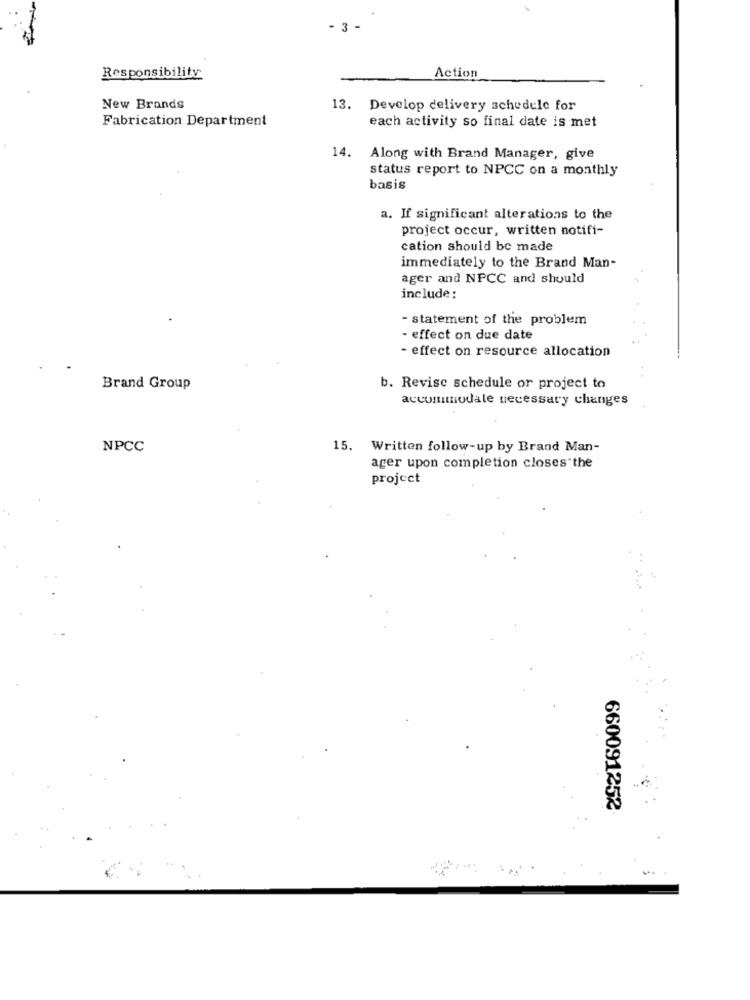
- 3
Action
Responsibility
New Brands
13. Develop delivery schedule for
Fabrication Department
each activity so final date is met
14. Along with Brand Manager, give
status report to NPCC on a monthly
basis
a. If significant alterations to the
project occur, written notifi-
cation should be made
immediately to the Brand Man-
ager and NPCC and should
include:
- statement of the problem
- effect on due date
- effect on resource allocation
Brand Group
b. Revise schedule or project to
accommodale necessary changes
NPCC
15. Written follow-up by Brand Man-
ager upon completion closes the
project
660091252